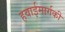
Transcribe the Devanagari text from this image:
हवाईमार्गकी